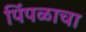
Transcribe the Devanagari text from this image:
पिंपळाचा